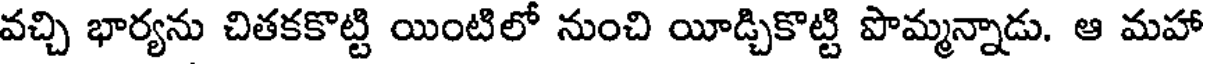
వచ్చి భార్యను చితకకొట్టి యింటిలో నుంచి యీడ్చికొట్టి పొమ్మన్నాడు. ఆ మహా